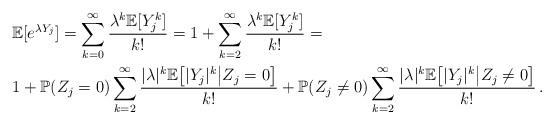
LaTeX: \begin{align*}&\mathbb E [e^{\lambda Y_j}]= \sum_{k=0}^{\infty} \frac{\lambda^k\mathbb E[Y_j^k]}{k!}= 1+\sum_{k=2}^{\infty} \frac{\lambda^k \mathbb E[Y_j^k]}{k!}=\\&1+\mathbb P(Z_j=0)\sum_{k=2}^{\infty} \frac{|\lambda|^k\mathbb E\big[|Y_j|^k\big|Z_j=0\big]}{k!}+\mathbb P(Z_j\neq 0)\sum_{k=2}^{\infty} \frac{|\lambda|^k\mathbb E\big[|Y_j|^k\big|Z_j\neq 0\big]}{k!}\,.\end{align*}